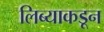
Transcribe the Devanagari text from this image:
लिब्याकडून